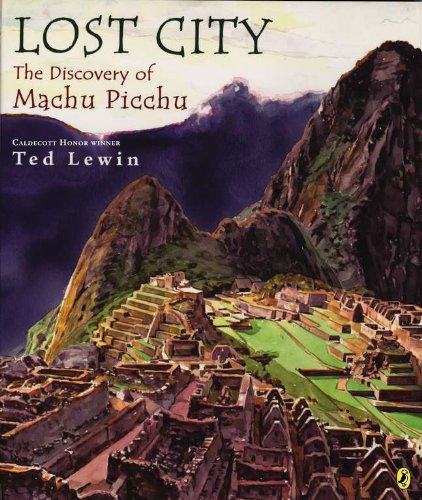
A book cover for Lost City: The Discovery of Machu Picchu; Ted Lewin; Children's Books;